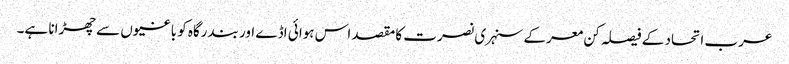
عرب اتحاد کے فیصلہ کن معرکے سنہری نصرت کا مقصد اس ہوائی اڈے اور بندرگاہ کو باغیوں سے چھڑانا ہے۔